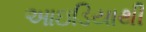
આઇડિયાથી